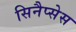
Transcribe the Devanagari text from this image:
सिनैप्सेस